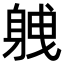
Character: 𮜸